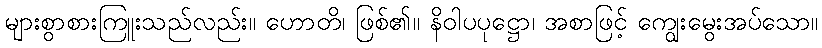
များစွာစားကြူးသည်လည်း။ ဟောတိ၊ ဖြစ်၏။ နိဝါပပုဋ္ဌော၊ အစာဖြင့် ကျွေးမွေးအပ်သော။